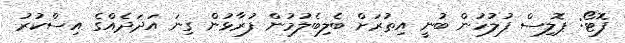
ފޮޓޯ: ޕޮލިސް ފުލުހުން ބުނީ އިތުރަށް ބެލިބެލުމުން ފުރާޅުން ގިނަ އަދަދެއްގެ އިސްކުރު